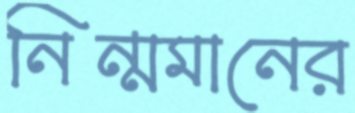
নিন্মমানের